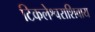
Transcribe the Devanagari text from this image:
टिकलेश्वराशिवाय